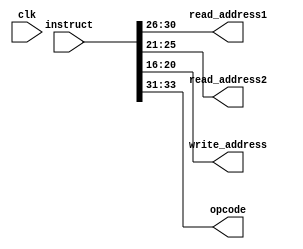
module decoder(instruct, clk, read_address1, read_address2, write_address, opcode);
    input[33:0] instruct;
    input clk;

    output wire[4:0] read_address1, read_address2, write_address;
    output wire[2:0] opcode;

    assign opcode = instruct[33:31];                  // opcode needed to decode the operation
    assign read_address1 = instruct[30:26];           // needed to decode register to read from
    assign read_address2 = instruct[25:21];           // needed to decode register to read from
    assign write_address = instruct[20:16];           // needed to decode register to write to

endmodule